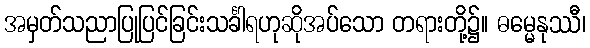
အမှတ်သညာပြုပြင်ခြင်းသင်္ခါရဟုဆိုအပ်သော တရားတို့၌။ ဓမ္မေနုဿီ၊